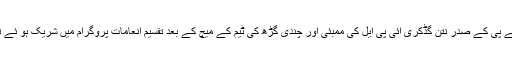
بی جے پی کے صدر نتن گڈکری آئی پی ایل کی ممبئی اور چندی گڑھ کی ٹیم کے میچ کے بعد تقسیم انعامات پروگرام میں شریک ہو ئے تھے ۔